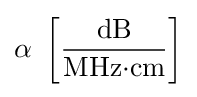
\alpha {\text{ }}\left[{\frac {\text{dB}}{{\text{MHz}}{\cdot }{\text{cm}}}}\right]